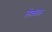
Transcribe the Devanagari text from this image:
लेकल